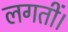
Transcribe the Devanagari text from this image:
लगतीं।